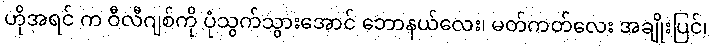
ဟိုအရင် က ဝီလီဂျစ်ကို ပုံသွက်သွားအောင် ဘောနယ်လေး၊ မတ်ကတ်လေး အချိုးပြင်၊